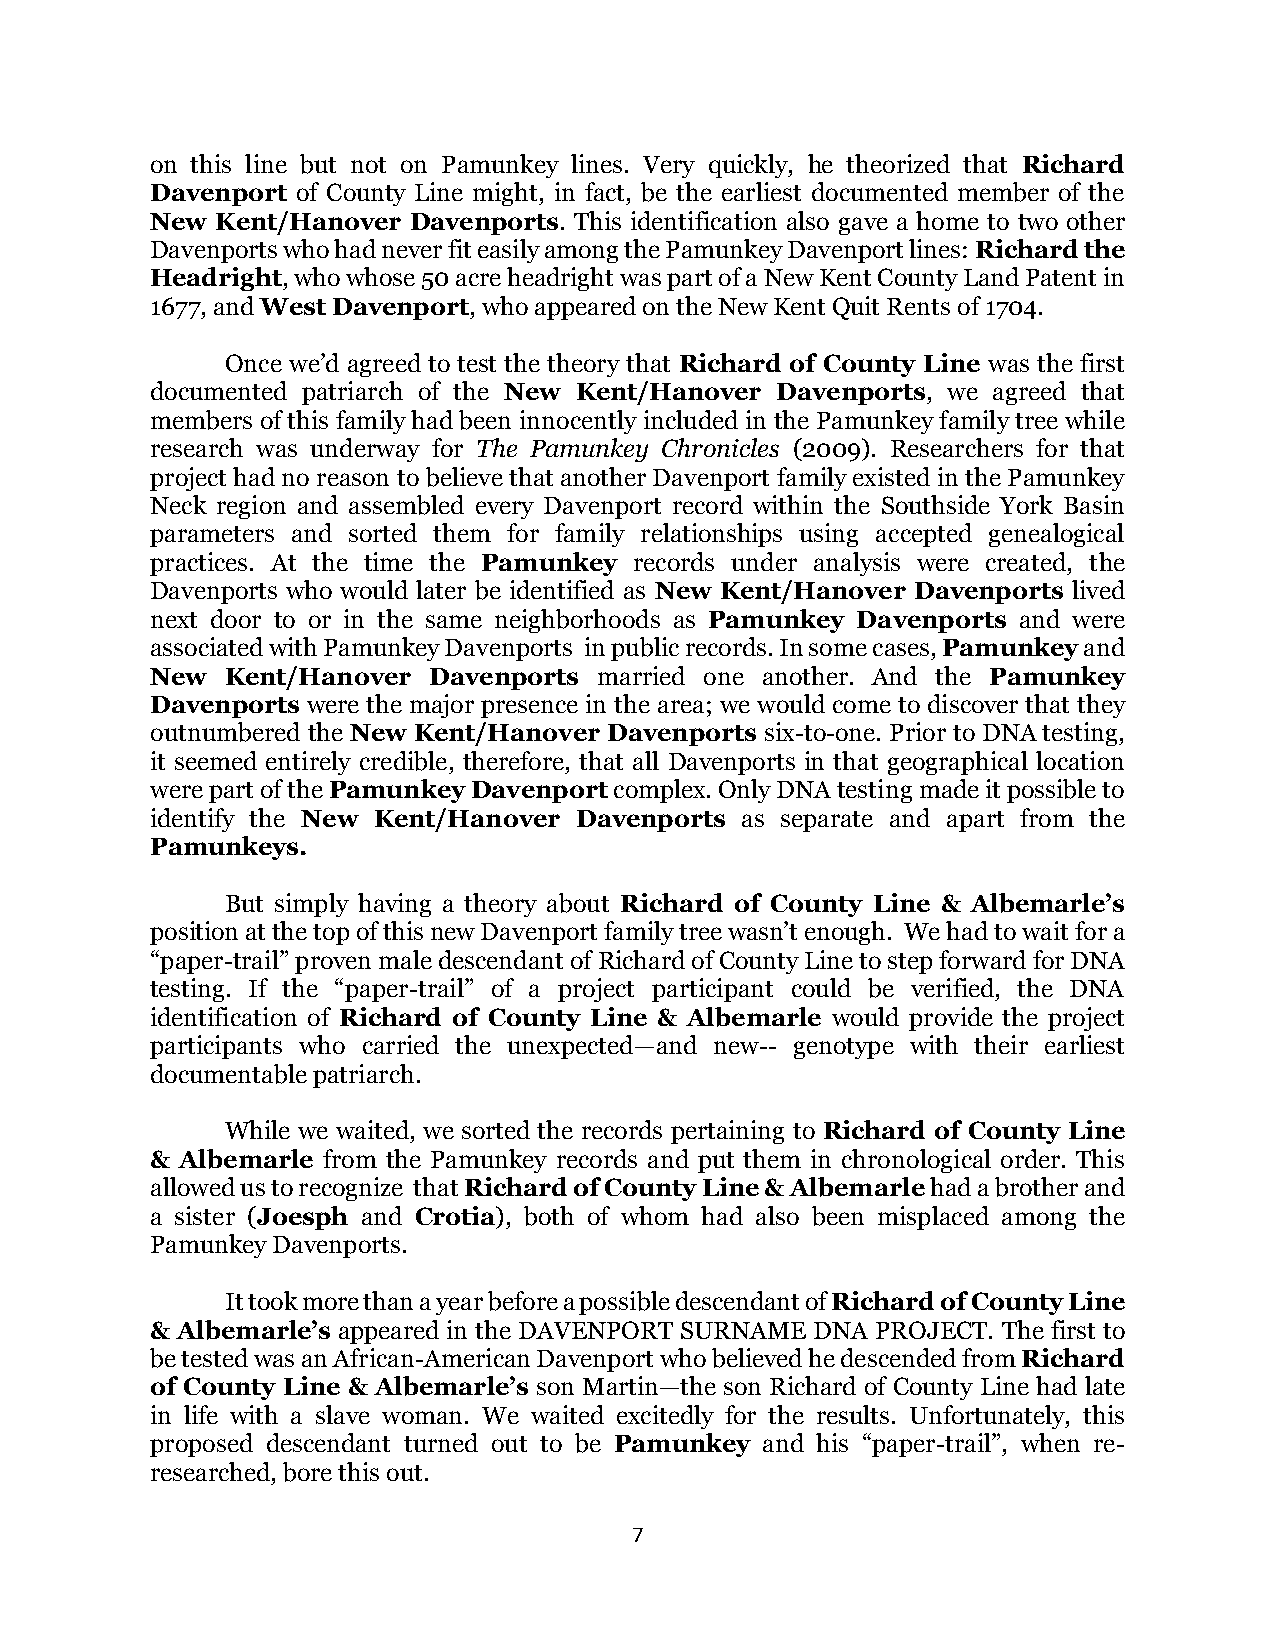
on this line but not on Pamunkey lines. Very quickly, he theorized that Richard
 Davenport of County Line might, in fact, be the earliest documented member of the
 New Kent/Hanover Davenports. This identification also gave a home to two other
 Davenports who had never fit easily among the Pamunkey Davenport lines: Richard the
 Headright, who whose 50 acre headright was part of a New Kent County Land Patent in
 1677, and West Davenport, who appeared on the New Kent Quit Rents of 1704.
 Once we’d agreed to test the theory that Richard of County Line was the first
 documented patriarch of the New Kent/Hanover Davenports, we agreed that
 members of this family had been innocently included in the Pamunkey family tree while
 research was underway for The Pamunkey Chronicles (2009). Researchers for that
 project had no reason to believe that another Davenport family existed in the Pamunkey
 Neck region and assembled every Davenport record within the Southside York Basin
 parameters and sorted them for family relationships using accepted genealogical
 practices. At the time the Pamunkey records under analysis were created, the
 Davenports who would later be identified as New Kent/Hanover Davenports lived
 next door to or in the same neighborhoods as Pamunkey Davenports and were
 associated with Pamunkey Davenports in public records. In some cases, Pamunkey and
 New  Kent/Hanover Davenports  married one another. And the Pamunkey
 Davenports were the major presence in the area; we would come to discover that they
 outnumbered the New Kent/Hanover Davenports six-to-one. Prior to DNA testing,
 it seemed entirely credible, therefore, that all Davenports in that geographical location
 were part of the Pamunkey Davenport complex. Only DNA testing made it possible to
 identify the New Kent/Hanover Davenports as separate and apart from the
 Pamunkeys.
 But simply having a theory about Richard of County Line & Albemarle’s
 position at the top of this new Davenport family tree wasn’t enough. We had to wait for a
 “paper-trail” proven male descendant of Richard of County Line to step forward for DNA
 testing. If the “paper-trail” of a project participant could be verified, the DNA
 identification of Richard of County Line & Albemarle would provide the project
 participants who carried the unexpected—and new-- genotype with their earliest
 documentable patriarch.
 While we waited, we sorted the records pertaining to Richard of County Line
 & Albemarle from the Pamunkey records and put them in chronological order. This
 allowed us to recognize that Richard of County Line & Albemarle had a brother and
 a sister (Joesph and Crotia), both of whom had also been misplaced among the
 Pamunkey Davenports.
 It took more than a year before a possible descendant of Richard of County Line
 & Albemarle’s appeared in the DAVENPORT SURNAME DNA PROJECT. The first to
 be tested was an African-American Davenport who believed he descended from Richard
 of County Line & Albemarle’s son Martin—the son Richard of County Line had late
 in life with a slave woman. We waited excitedly for the results. Unfortunately, this
 proposed descendant turned out to be Pamunkey and his “paper-trail”, when re-
 researched, bore this out.
 7